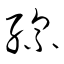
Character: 縲